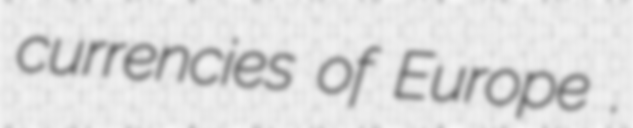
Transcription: currencies of Europe .